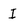
Character: I